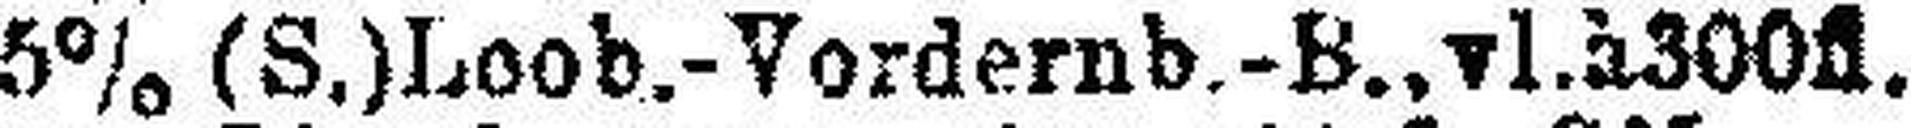
5% (S.) Loob.-Vordernb.-B., vl. à 300fl.